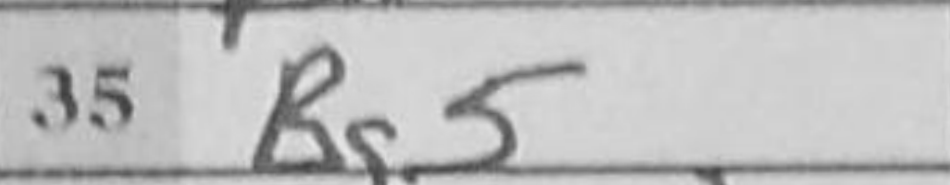
Transcription: Rg5